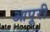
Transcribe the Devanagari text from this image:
आपूरी